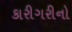
કારીગરીનો